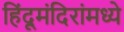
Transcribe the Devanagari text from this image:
हिंदूमंदिरांमध्ये